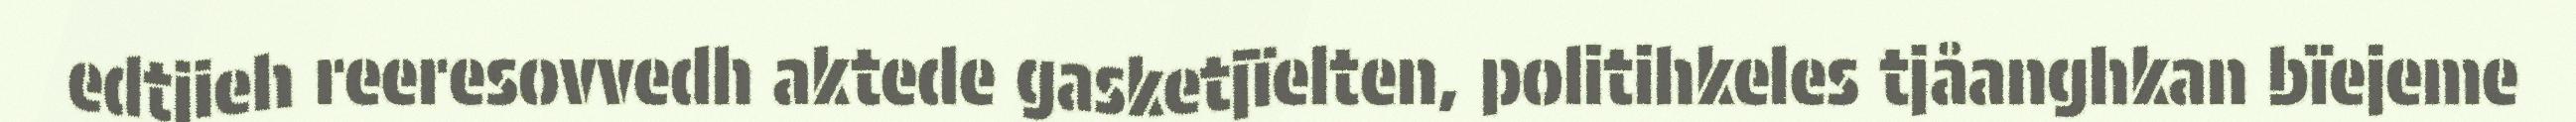
edtjieh reeresovvedh aktede gasketjïelten, politihkeles tjåanghkan bïejeme